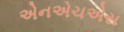
એનએચએસ